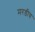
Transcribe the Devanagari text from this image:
मरडीय